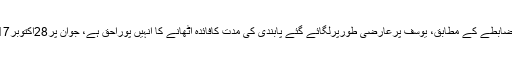
بورڈ نے کہاکہ ضابطے کے مطابق، یوسف پرعارضی طورپرلگائے گئے پابندی کی مدت کافائدہ اٹھانے کا انہیں پوراحق ہے، جوان پر28اکتوبر2017سے نافذتھا۔